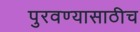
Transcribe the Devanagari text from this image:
पुरवण्यासाठीच